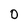
Character: 0